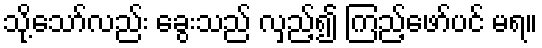
သို့သော်လည်း ခွေးသည် လှည့်၍ ကြည့်ဖော်ပင် မရ။